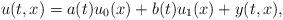
LaTeX: \begin{align*}u(t,x) = a(t) u_0(x) + b(t) u_1(x) + y(t,x),\end{align*}